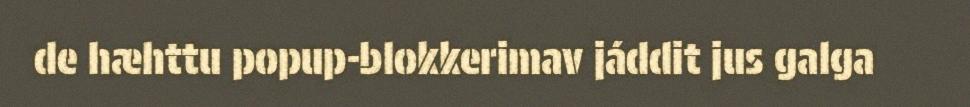
de hæhttu popup-blokkerimav jáddit jus galga